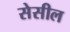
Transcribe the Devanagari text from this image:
सेसील